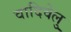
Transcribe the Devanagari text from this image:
वादिवेलु